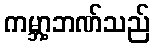
ကမ္ဘာ့ဘဏ်သည်